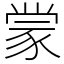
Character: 𫎇